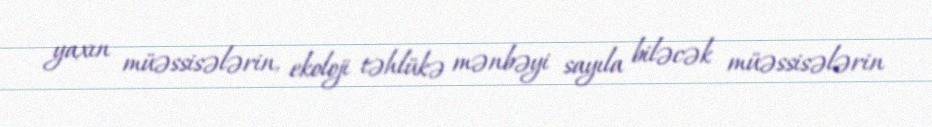
yaxın müəssisələrin, ekoloji təhlükə mənbəyi sayıla biləcək müəssisələrin